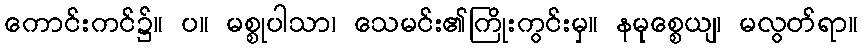
ကောင်းကင်၌။ ပ။ မစ္စုပါသာ၊ သေမင်း၏ကြိုးကွင်းမှ။ နမုစ္စေယျ၊ မလွတ်ရာ။